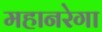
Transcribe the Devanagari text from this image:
महानरेगा